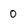
Character: 0